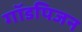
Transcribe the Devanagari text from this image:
गॉडपिजन